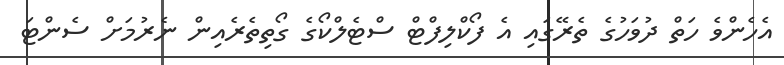
އެހެންވެ ހަތް ދުވަހުގެ ތެރޭގައި އެ ފޯކްލިފްޓް ސްޓެލްކޯގެ ގޯތިތެރެއިން ނެރުމަށް ސެންޓަ